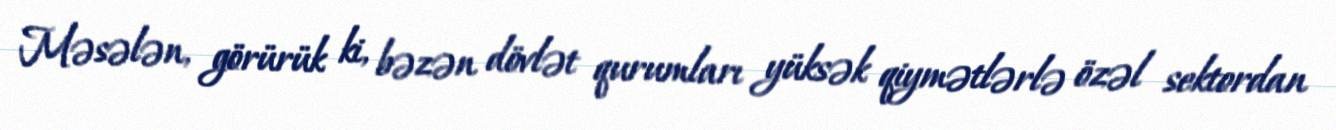
Məsələn, görürük ki, bəzən dövlət qurumları yüksək qiymətlərlə özəl sektordan